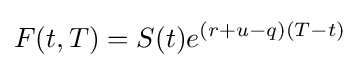
F(t,T)=S(t)e^{(r+u-q)(T-t)}